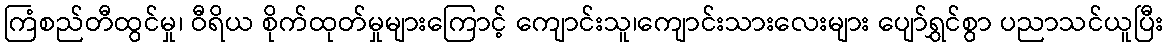
ကြံစည်တီထွင်မှု၊ ဝီရိယ စိုက်ထုတ်မှုများကြောင့် ကျောင်းသူ၊ကျောင်းသားလေးများ ပျော်ရွှင်စွာ ပညာသင်ယူပြီး